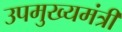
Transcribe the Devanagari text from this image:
उपमुख्‍यमंत्री